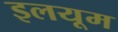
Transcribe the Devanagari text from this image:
इलयूम